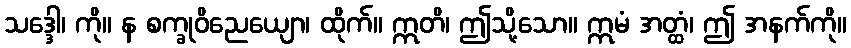
သဒ္ဒေါ၊ ကို။ န စက္ခုဝိညေယျော၊ ထိုက်။ ဣတိ၊ ဤသို့သော။ ဣမံ အတ္ထံ၊ ဤ အနက်ကို။